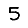
Digit: 5